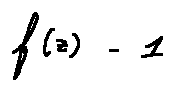
f ( z ) - 1